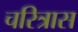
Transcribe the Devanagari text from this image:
चरित्रास